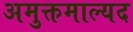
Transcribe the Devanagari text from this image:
अमुक्तमाल्यद